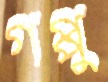
গপ্পু